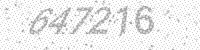
Solution: 647216